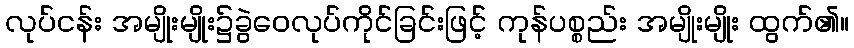
လုပ်ငန်း အမျိုးမျိုး၌ခွဲဝေလုပ်ကိုင်ခြင်းဖြင့် ကုန်ပစ္စည်း အမျိုးမျိုး ထွက်၏။